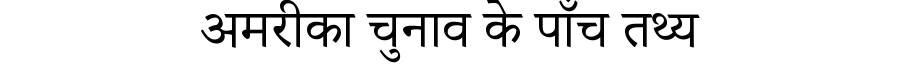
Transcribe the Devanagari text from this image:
अमरीका चुनाव के पाँच तथ्य